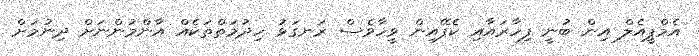
އެމްޕީއެލް އިން ބުނީ ފިހާރައާއި ކެފޭއިން ވީހާވެސް ރަނގަޅު ހިދުމަތްތަކެއް އާންމުންނަށް ދިނުމަށް